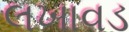
લખાવડ